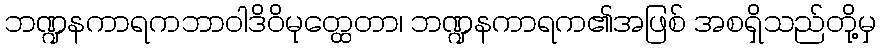
ဘဏ္ဍနကာရကဘာဝါဒိဝိမုတ္ထေတာ၊ ဘဏ္ဍနကာရက၏အဖြစ် အစရှိသည်တို့မှ